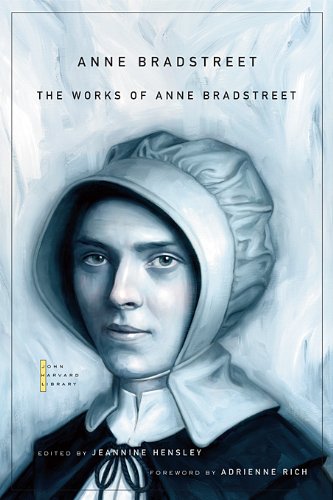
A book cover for The Works of Anne Bradstreet (The John Harvard Library); Anne Bradstreet; Literature & Fiction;